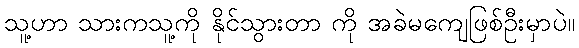
သူ့ဟာ သားကသူ့ကို နိုင်သွားတာ ကို အခဲမကျေဖြစ်ဦးမှာပဲ။